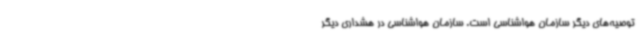
توصیه‌های دیگر سازمان هواشناسی است. سازمان هواشناسی در هشداری دیگر